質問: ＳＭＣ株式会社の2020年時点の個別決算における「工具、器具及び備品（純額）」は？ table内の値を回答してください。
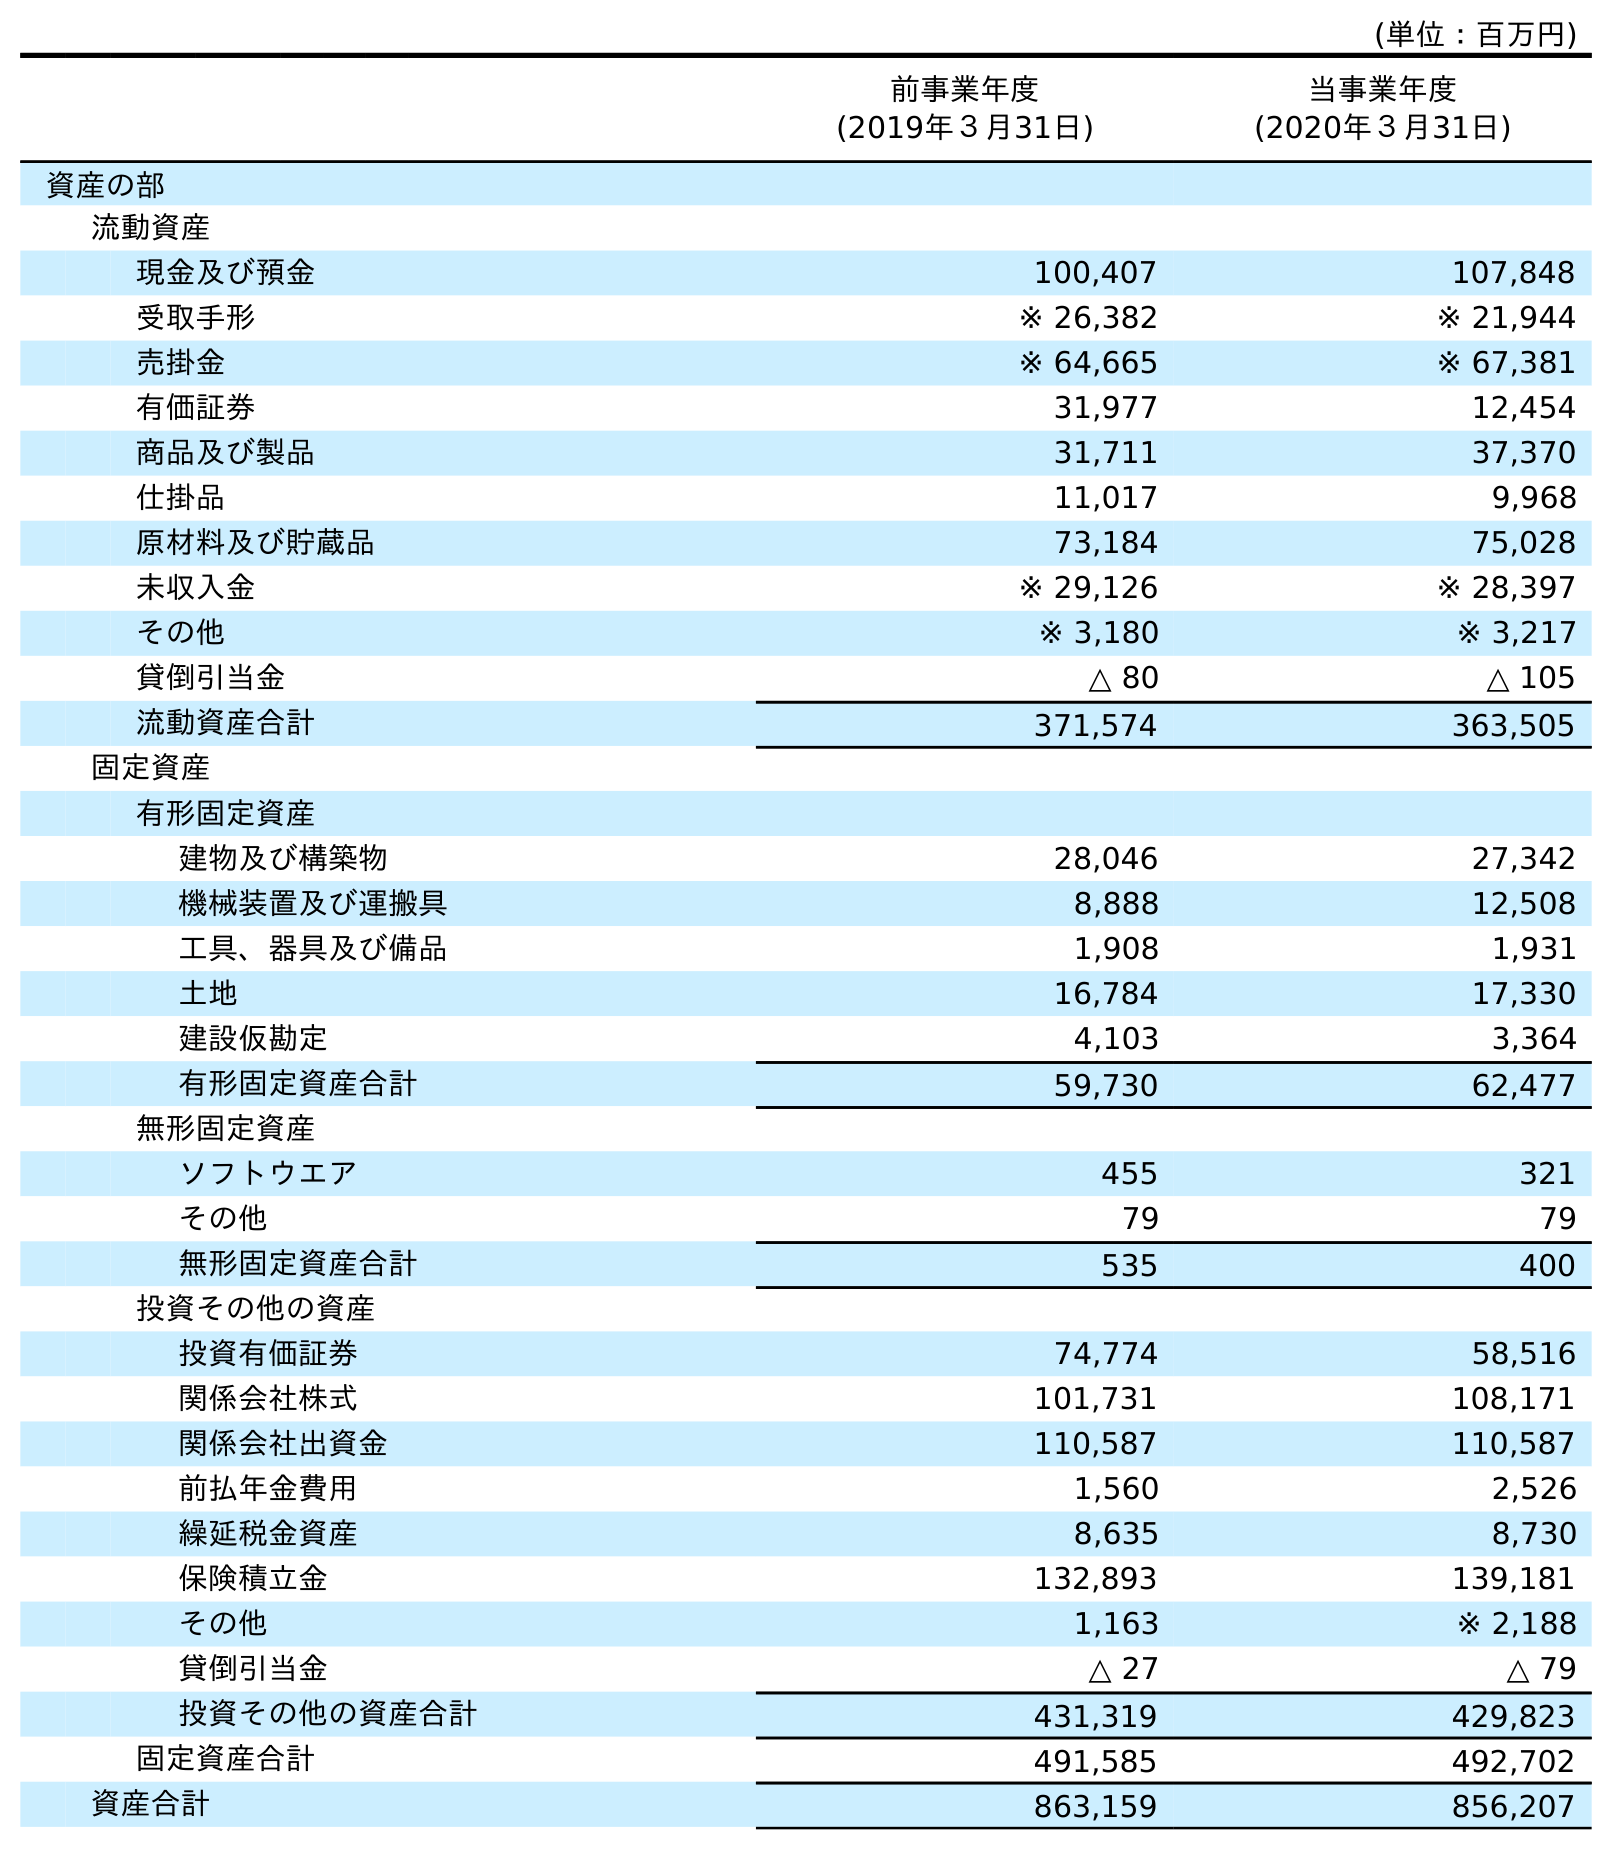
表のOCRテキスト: (単位：百万円) 前事業年度 (2019年３月31日) 当事業年度 (2020年３月31日) 資産の部 流動資産 現金及び預金 100,407 107,848 受取手形 ※ 26,382 ※ 21,944 売掛金 ※ 64,665 ※ 67,381 有価証券 31,977 12,454 商品及び製品 31,711 37,370 仕掛品 11,017 9,968 原材料及び貯蔵品 73,184 75,028 未収入金 ※ 29,126 ※ 28,397 その他 ※ 3,180 ※ 3,217 貸倒引当金 △ 80 △ 105 流動資産合計 371,574 363,505 固定資産 有形固定資産 建物及び構築物 28,046 27,342 機械装置及び運搬具 8,888 12,508 工具、器具及び備品 1,908 1,931 土地 16,784 17,330 建設仮勘定 4,103 3,364 有形固定資産合計 59,730 62,477 無形固定資産 ソフトウエア 455 321 その他 79 79 無形固定資産合計 535 400 投資その他の資産 投資有価証券 74,774 58,516 関係会社株式 101,731 108,171 関係会社出資金 110,587 110,587 前払年金費用 1,560 2,526 繰延税金資産 8,635 8,730 保険積立金 132,893 139,181 その他 1,163 ※ 2,188 貸倒引当金 △ 27 △ 79 投資その他の資産合計 431,319 429,823 固定資産合計 491,585 492,702 資産合計 863,159 856,207
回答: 1,931